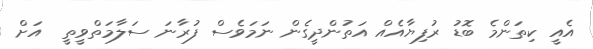
އެއީ ކިތަންމެ ބޮޑު ރުފިޔާއެއް އަތުންދީގެން ނަމަވެސް ފުރާނަ ސަލާމަތްވީތީ  އަށް